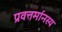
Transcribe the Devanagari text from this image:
प्रवत्तर्मानस्य